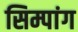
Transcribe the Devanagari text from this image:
सिम्पांग